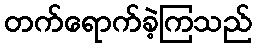
တက်ရောက်ခဲ့ကြသည်